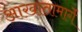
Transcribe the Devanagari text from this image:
आखातामार्गे